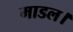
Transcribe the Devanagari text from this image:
माडल।